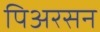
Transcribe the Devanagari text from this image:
पिअरसन